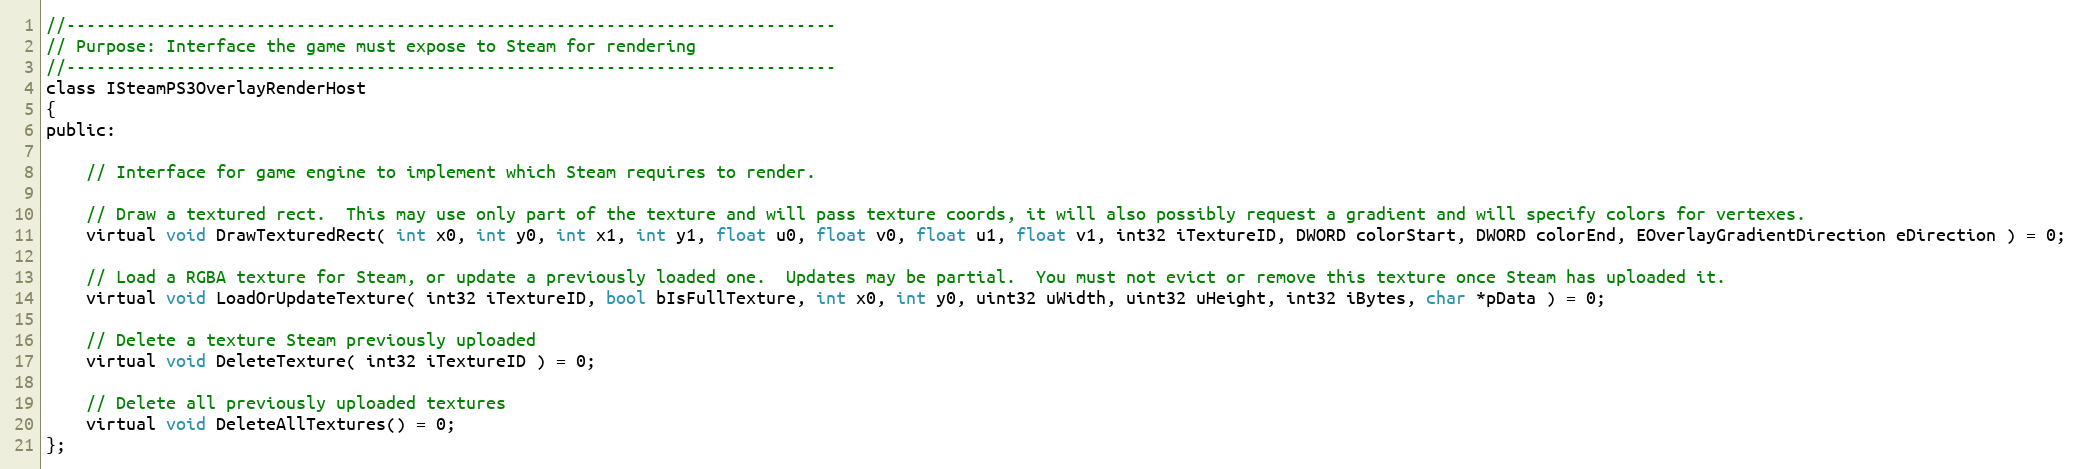
Language: C
//-----------------------------------------------------------------------------
// Purpose: Interface the game must expose to Steam for rendering
//-----------------------------------------------------------------------------
class ISteamPS3OverlayRenderHost
{
public:

	// Interface for game engine to implement which Steam requires to render.

	// Draw a textured rect.  This may use only part of the texture and will pass texture coords, it will also possibly request a gradient and will specify colors for vertexes.
	virtual void DrawTexturedRect( int x0, int y0, int x1, int y1, float u0, float v0, float u1, float v1, int32 iTextureID, DWORD colorStart, DWORD colorEnd, EOverlayGradientDirection eDirection ) = 0;

	// Load a RGBA texture for Steam, or update a previously loaded one.  Updates may be partial.  You must not evict or remove this texture once Steam has uploaded it.
	virtual void LoadOrUpdateTexture( int32 iTextureID, bool bIsFullTexture, int x0, int y0, uint32 uWidth, uint32 uHeight, int32 iBytes, char *pData ) = 0;

	// Delete a texture Steam previously uploaded
	virtual void DeleteTexture( int32 iTextureID ) = 0;

	// Delete all previously uploaded textures
	virtual void DeleteAllTextures() = 0;
};